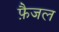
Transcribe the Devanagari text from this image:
फ़ैजल